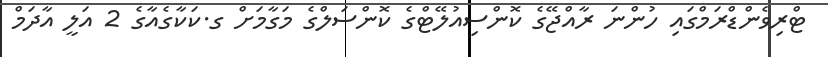
ޓްރިވެންޑްރަމްގައި ހުންނަ ރާއްޖޭގެ ކޮންސިއުލޭޓްގެ ކޮންސަލްގެ މަގާމަށް ގ.ކަކާގެއާގެ 2 އަލީ އާދަމް